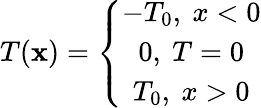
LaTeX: T(\mathbf{x})=\left\{ \begin{array}{ccc}{{-T_{0},\ x<0}}\\ {{0,\ T=0}}\\ {{T_{0},\ x>0}}\end{array}\right.